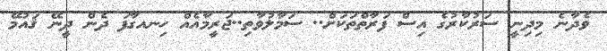
ވެދާނެ މިދިނީ ސަރުކާރުގެ އިސް ފަރާތްތަކަށް.. ސަމާލުވާތި..ޖަރީމާއެއް ހިނއގާފަ ދެން ދީނޭ ޤައުމޭ